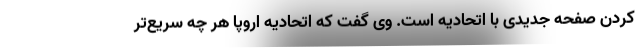
کردن صفحه جدیدی با اتحادیه است. وی گفت که اتحادیه اروپا هر چه سریع‌تر